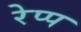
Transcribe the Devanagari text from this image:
रेप्प